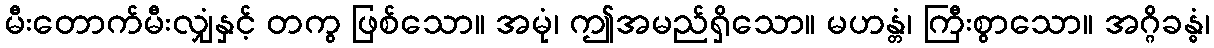
မီးတောက်မီးလျှံနှင့် တကွ ဖြစ်သော။ အမုံ၊ ဤအမည်ရှိသော။ မဟန္တံ၊ ကြီးစွာသော။ အဂ္ဂိခန္ဓံ၊